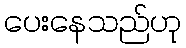
ပေးနေသည်ဟု